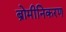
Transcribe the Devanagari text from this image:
ब्रोमीनिकरण